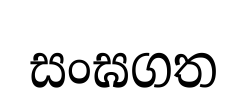
සංඝගත